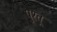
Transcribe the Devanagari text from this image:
पुश्तू